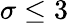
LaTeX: \sigma\leq 3